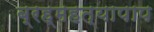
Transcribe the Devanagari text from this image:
ब्रह्महत्यापाप